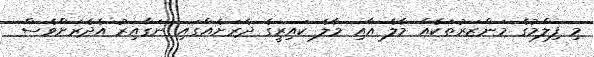
މި ފިލްމުގެ މަންޒަރުތަކެއް މާލެ އާއި މާލެ ކައިރީގެ ދެރަށެއްގައި ނަގާއިރު އެދެރަށްވެސް